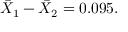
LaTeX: { \bar { X } } _ { 1 } - { \bar { X } } _ { 2 } = 0 . 0 9 5 .